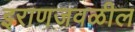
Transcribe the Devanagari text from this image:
इराणजवळील